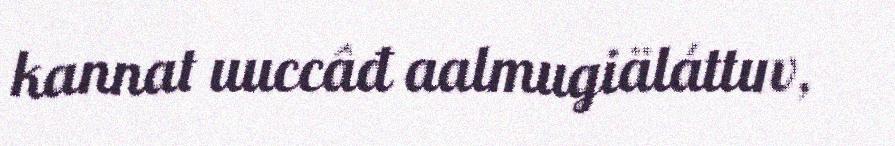
kannat uuccâđ aalmugiäláttuv,